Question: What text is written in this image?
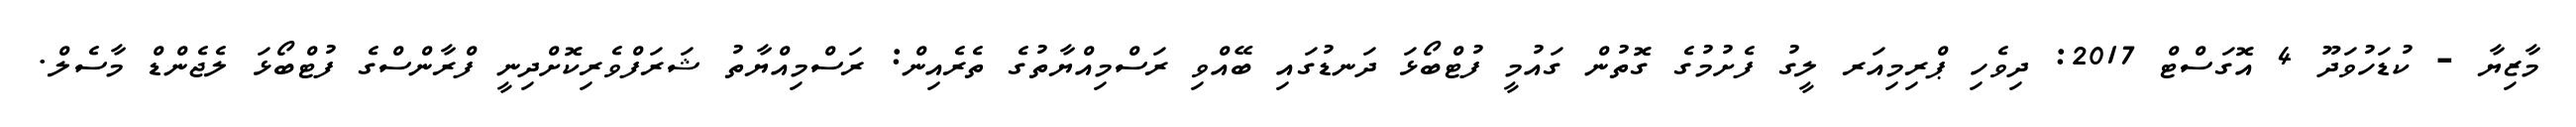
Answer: މާޒިޔާ - ކުޑަހުވަދޫ 4 އޮގަސްޓް 2017: ދިވެހި ޕްރިމިއަރ ލީގު ފެށުމުގެ ގޮތުން ގައުމީ ފުޓްބޯޅަ ދަނޑުގައި ބޭއްވި ރަސްމިއްޔާތުގެ ތެރެއިން: ރަސްމިއްޔާތު ޝަރަފްވެރިކޮށްދިނީ ފްރާންސްގެ ފުޓްބޯޅަ ލެޖެންޑް މާސެލް.